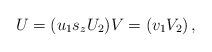
LaTeX: \begin{align*}U=(u_1 s_z U_2) V=(v_1 V_2)\,,\end{align*}